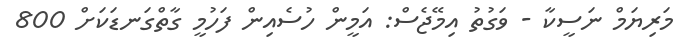
މަރިޔަމް ނަސީކާ - ވަގުތު އިމޭޖެސް: އަމީން ހުސެއިން ފަހުމީ ގާތްގަނޑަކަށް 800